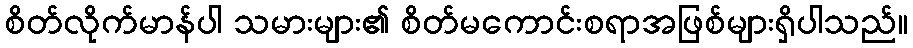
စိတ်လိုက်မာန်ပါ သမားများ၏ စိတ်မကောင်းစရာအဖြစ်များရှိပါသည်။